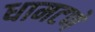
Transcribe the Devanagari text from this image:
धामटणे